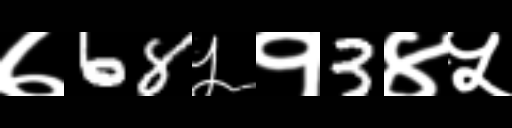
Text: ७68५१3४५